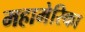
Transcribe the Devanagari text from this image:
महामेरिका